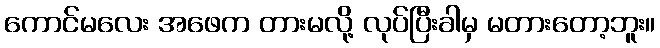
ကောင်မလေး အဖေက တားမလို့ လုပ်ပြီးခါမှ မတားတော့ဘူး။